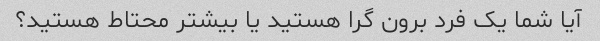
آیا شما یک فرد برون گرا هستید یا بیشتر محتاط هستید؟